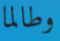
وطالما